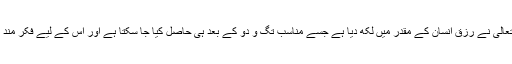
ان کا یہ پختہ عقیدہ تھا کہ اللہ تعالیٰ نے رِزق انسان کے مقدر میں لکھ دیا ہے جسے مناسب تگ و دو کے بعد ہی حاصل کیا جا سکتا ہے اور اس کے لیے فکر مند ہونے کی ضرورت نہیں ہوتی۔